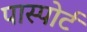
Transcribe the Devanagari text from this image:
पास्पोर्ट